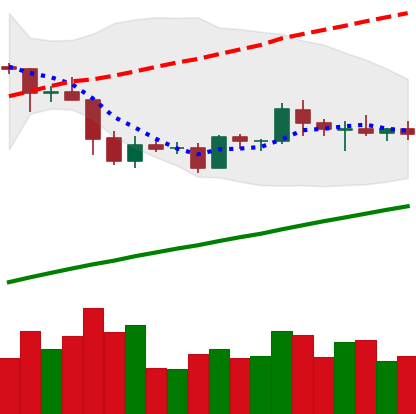
Ticker: EOS-USD
Chart end date: 2019-05-09
Forward return: 24.588%
Label: up_7plus